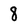
Character: 8